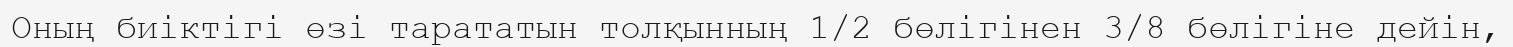
Оның биіктігі өзі тарататын толқынның 1/2 бөлігінен 3/8 бөлігіне дейін,